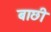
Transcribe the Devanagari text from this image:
बाछी